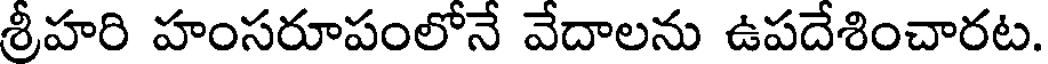
శ్రీహరి హంసరూపంలోనే వేదాలను ఉపదేశించారట